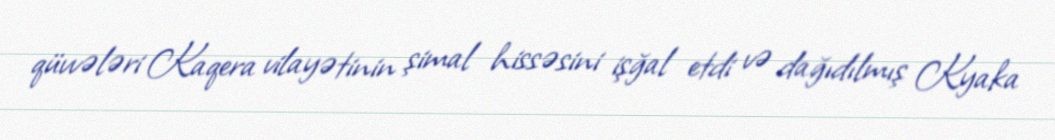
qüvvələri Kaqera vilayətinin şimal hissəsini işğal etdi və dağıdılmış Kyaka